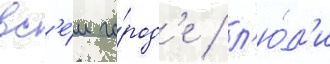
вс'е́м го́род'е / л'ю́д'и